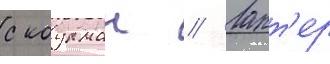
с коулман // Ларт'ер